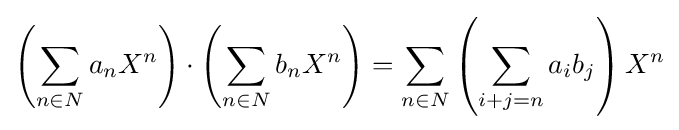
\left(\sum _{n\in N}a_{n}X^{n}\right)\cdot \left(\sum _{n\in N}b_{n}X^{n}\right)=\sum _{n\in N}\left(\sum _{i+j=n}a_{i}b_{j}\right)X^{n}